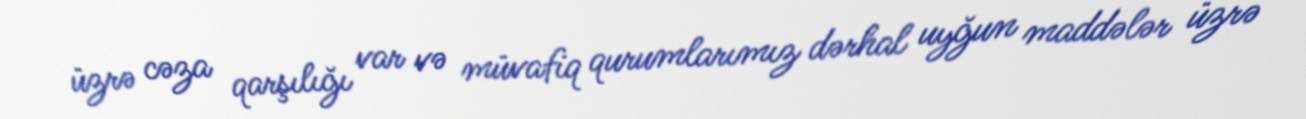
üzrə cəza qarşılığı var və müvafiq qurumlarımız dərhal uyğun maddələr üzrə